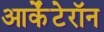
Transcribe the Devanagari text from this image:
आर्केंटेरॉन